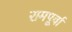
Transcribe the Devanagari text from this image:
रामपूर्वा